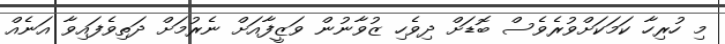
މި ހުރިހާ ކަމަކަށްވުރެވެސް ބޮޑަށް ދިވެހި ޒުވާނުން ވަޒީފާއަށް ނެރުމަށް ދަތިވެފައިވާ އަނެއް